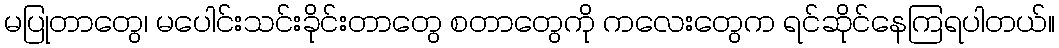
မပြုတာတွေ၊ မပေါင်းသင်းခိုင်းတာတွေ စတာတွေကို ကလေးတွေက ရင်ဆိုင်နေကြရပါတယ်။